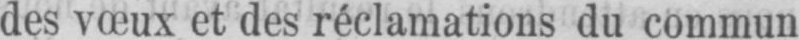
des vœux et des réclamations du commun